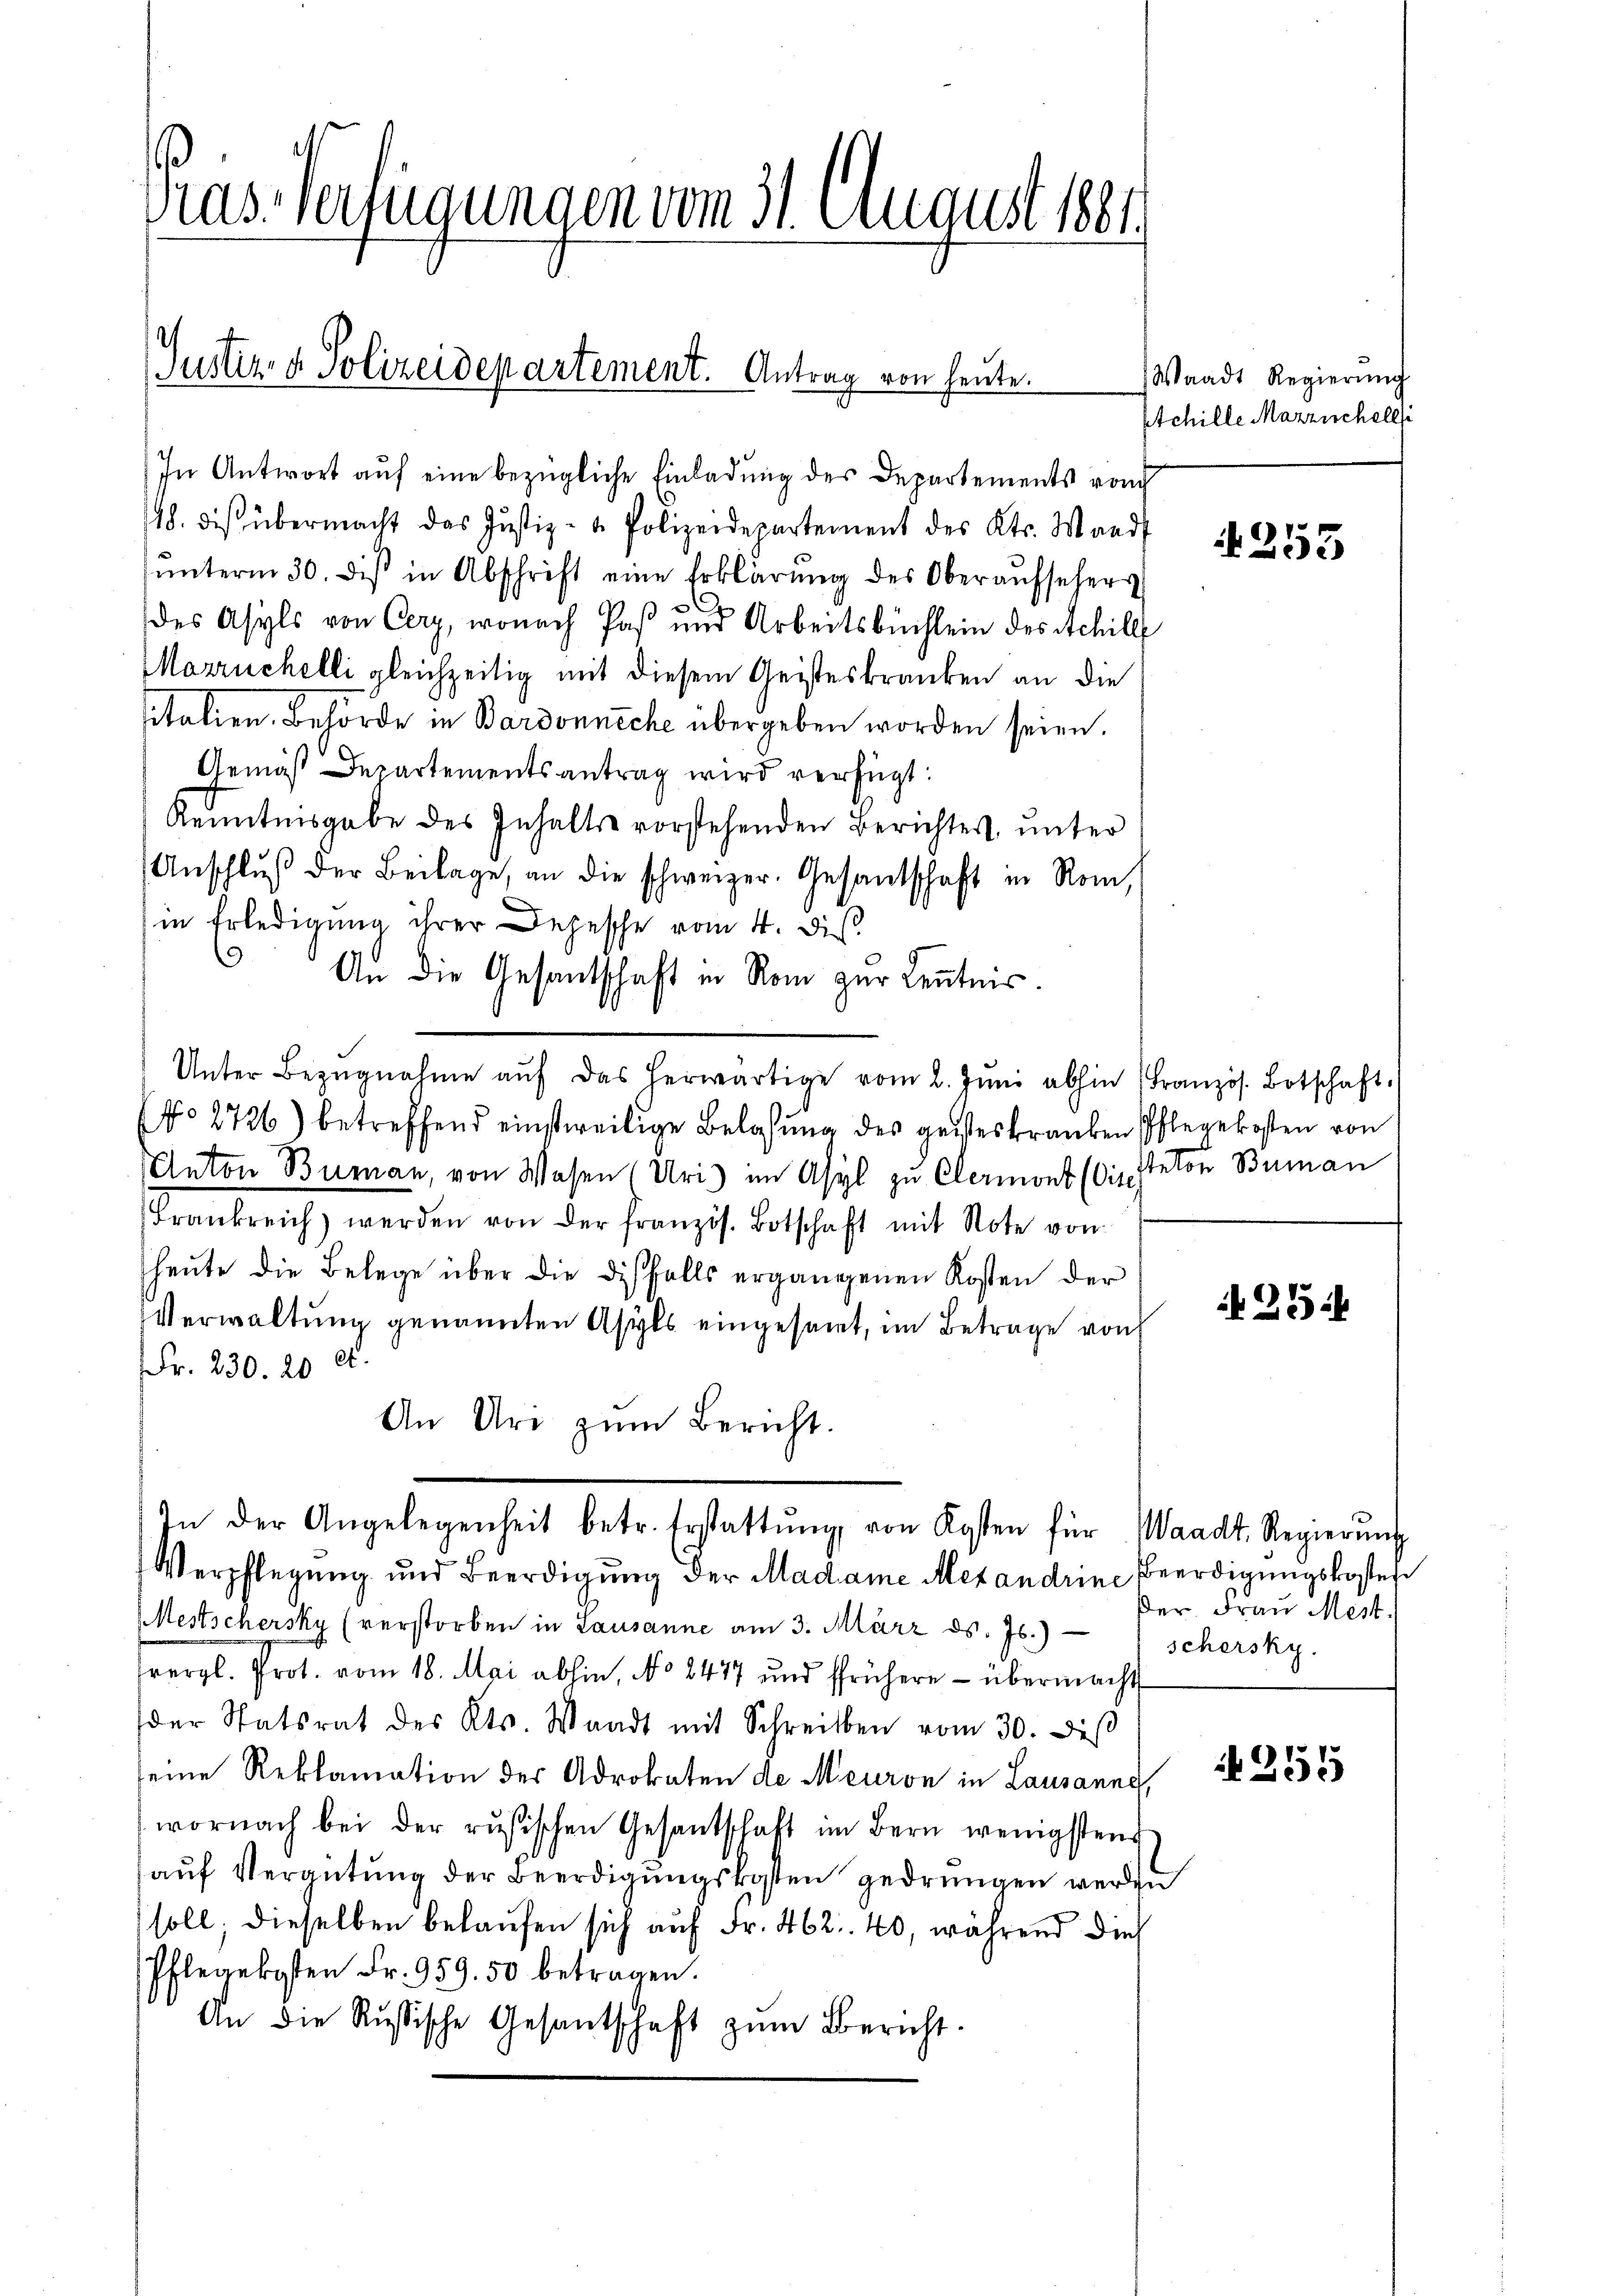
Gras Verfügungen vom 31. August 1881

Justiz- & Polizeidepartement. Antrag von heute.

In Antwort auf eine bezügliche Einladung des Departements von
48. dies übermacht das Justiz- & Polizeidepartement des Kts. Waadt
ŭnterm 30. des in Abschrift eine Erklärŭng des Oberaŭfsehers
30
des Asyls von Cery, wonach Paß und Arbeitsbüchlein des Schill
Marruchelli gleichzeitig mit diesem Geisteskranken an die
sitalien. Behörde in Bardonneche übergeben worden seien.
Gemäß Departementsantrag wird verfügt:
Kenntnisgabe des Inhalte vorstehenden Berichtes, unter
Anschlŭβ der Beilage, an die schweizer. Gesandtschaft in Rom,
in Erledigung ihrer Depesche vom 4. dis.
 An die Gesantschaft in Rom zur Kenntnis.
Unter Bezŭgnahme aŭf das herwärtige vom 2. Jŭni abhin Französ. Botschaft.
No 2726) betreffend einstweilige Belassŭng des geisteskranken Pflegekosten von
Anton Buman, von Wesen (Uri) im Asyl zu Clermont (die selon Buman
Frankreich werden von der französ. Botschaft mit Note von
heŭte die Belege über die disfalls ergangenen Kosten der
Verwaltung genannten Asyls eingesamt, im Betrage von
Fr. 230. 20 Ct.
An Ure zŭm Bericht.
In der Angelegenheit betr. Erstattŭng von Kosten für Waadt Regierŭng
Verpflegung und Beerdigung der Madame Mexandrine Beerdigungskosten
Mestschersky (verstorben in Lausanne am 3. März d. Js.) " schersky.
vergl. Prot. vom 18. Mai abhin, No 8477 und frühere - übermacht
der Statsrat des Kts. Waadt mit Schreiben vom 30. diβ
seine Reklamation der Advokaten de Meuron in Lausanne,
wornach bei der rusischen Gesantschaft im Bern wenigstens
auf Vergütung der Beerdigungskosten gedrungen werden
soll; dieselben belaŭfen sich auf Fr. 462. 40, während dies
Pflegekosten Fr. 959. 50 betragen.
An die Rŭsische Gesantschaft zŭm Bericht.

Waadt Regierung
Etchille Marzischelli

4253

25:

Der. Frau Mest.

255